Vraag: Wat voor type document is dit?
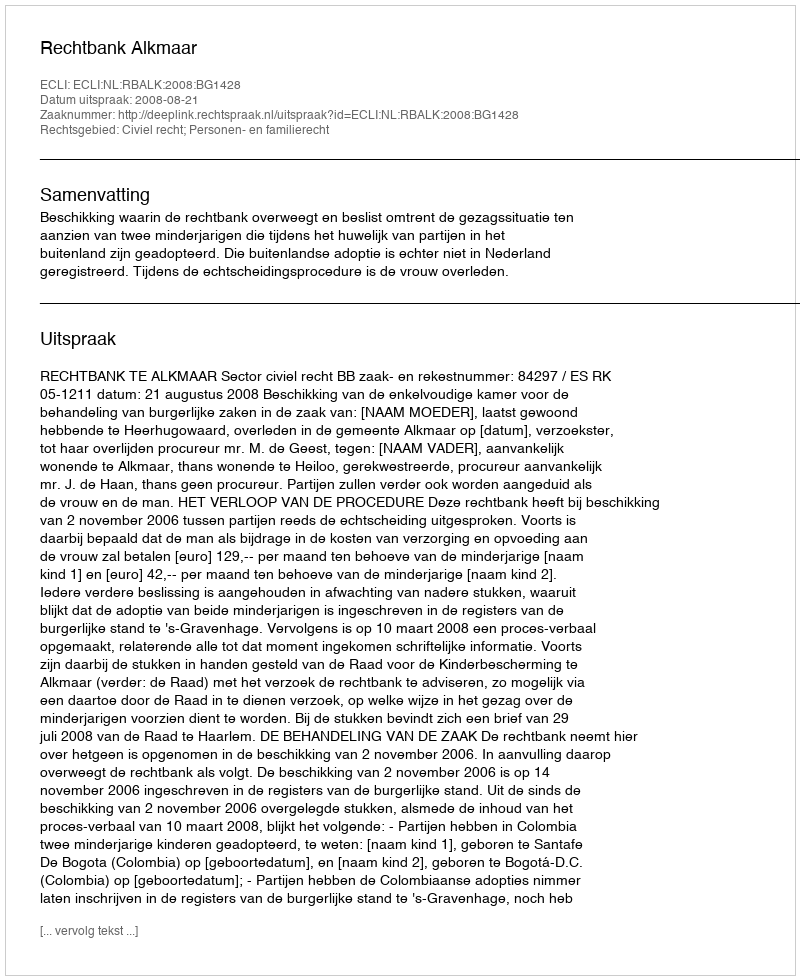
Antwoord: Uitspraak